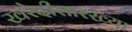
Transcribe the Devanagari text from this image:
खरेदीसारख्या